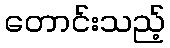
တောင်းသည့်